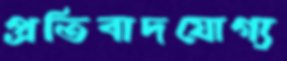
প্রতিবাদযোগ্য